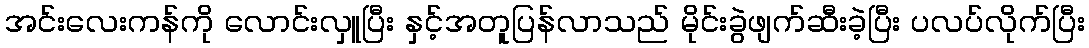
အင်းလေးကန်ကို လောင်းလှူပြီး နှင့်အတူပြန်လာသည် မိုင်းခွဲဖျက်ဆီးခဲ့ပြီး ပလပ်လိုက်ပြီး